Report on vaccination in the Province of Bengal - 1874-1889
Year: 1874
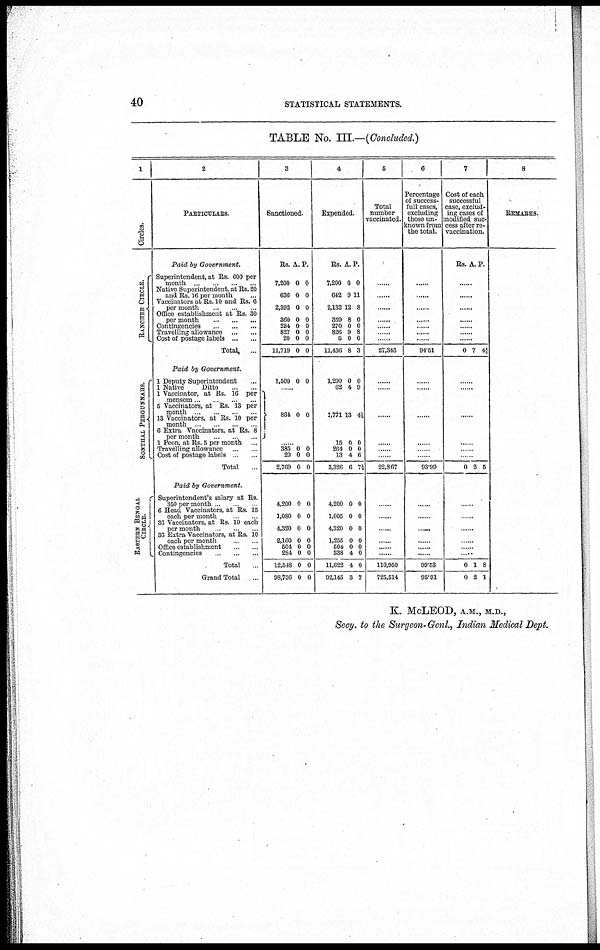
40
STATISTICAL STATEMENTS.
TABLE No. III.—(Concluded.)
1
Circles.
RANCHEE CIRCLE.
SONTHAL PERGUNNAHS.
EASTREN BENGAL
CIRCLE.
2
PARTICULARS.
Paid by Government.
Superintendent, at Rs. 600 per
month
...
...
...
Native Superintendent, at Rs. 20
and Rs. 16 per month
Vaccinators at Rs. 10 and Rs. 6
per month
...
...
...
Office establishment at Rs. 30
per month
...
...
...
Contingencies
...
...
...
Travelling allowance
...
...
Cost of postage labels ... ...
Total
...
Paid by Government.
1 Deputy Superintendent ...
1 Native
Ditto
...
...
1 Vaccinator, at Rs. 16 per
mensem
...
...
...
6 Vaccinators, at Rs. 13 per
month
...
...
...
...
13 Vaccinators, at Rs. 10 per
month
...
...
...
...
6 Extra Vaccinators, at Rs. 8
per month ... ... ...
1 Peon, at Rs. 5 per month ...
Travelling allowance
...
...
Cost of postage labels ... ...
Total ...
Paid by Government.
Superintendent's salary at Rs.
350 per month ... ...
6 Head Vaccinators, at Rs. 15
each per month ...
36 Vaccinators, at Rs. 10 each
per month ... ...
36 Extra Vaccinators, at Rs. 10
each per month ... ...
Office establishment ... ...
Contingencies
...
...
...
Total ...
Grand Total ...
3
Sanctioned.
Rs.
7,200
636
2,392
360
284
827
20
11,719
1,500
A.
0
0
0
0
0
0
0
0
0
P.
0
0
0
0
0
0
0
0
0
...
864 0 0
...... 385
20
2,769
4,200
1,080
4,320
2,160
604
284
12,548
98,736
0
0
0
0
0
0
0
0
0
0
0
0
0
0
0
0
0
0
0
0
0
0
4
Expended.
Rs.
7,200
642
2,132
359
270
826
5
11,436
1,200
62
1,771
15
264
13
3,326
4,200
1,005
4,320
1,255
504
338
11,622
92,145
A.
0
9
12
8
0
9
0
8
0
4
13
0
0
4
6
0
0
0
0
0
4
4
3
P.
0
11
8
0
0
8
0
3
0
9
4½
0
0
6
7½
0
0
0
0
0
0
0
7
5
Total
number
vaccinated.
......
......
......
......
......
......
......
27,343
......
......
......
......
......
......
22,867
......
......
......
......
......
......
110,950
725,514
6
Percentage
of success-
full cases,
excluding
those un-
known from
the total.
......
......
......
......
......
......
......
94.51
......
......
......
......
......
......
93.99
......
......
......
......
......
......
99.63
95.91
7
Cost of each
successful
case, exclud-
ing cases of
modified suc-
cess after re-
vaccination.
Rs. A. P.
......
......
......
......
......
......
......
0 7 4½
......
......
......
....
......
......
0 2 5
......
......
......
......
...... ......
0
0
1
2
8
1
8
REMARKS.
K. McLEOD, A.M., M.D.,
Secy. to the Surgeon-Genl., Indian Medical Dept.